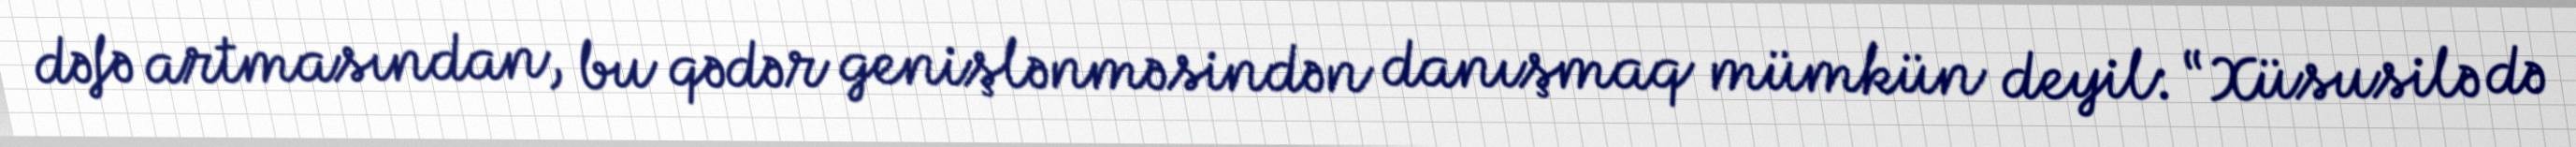
dəfə artmasından, bu qədər genişlənməsindən danışmaq mümkün deyil: “Xüsusilə də